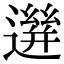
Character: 𨗙